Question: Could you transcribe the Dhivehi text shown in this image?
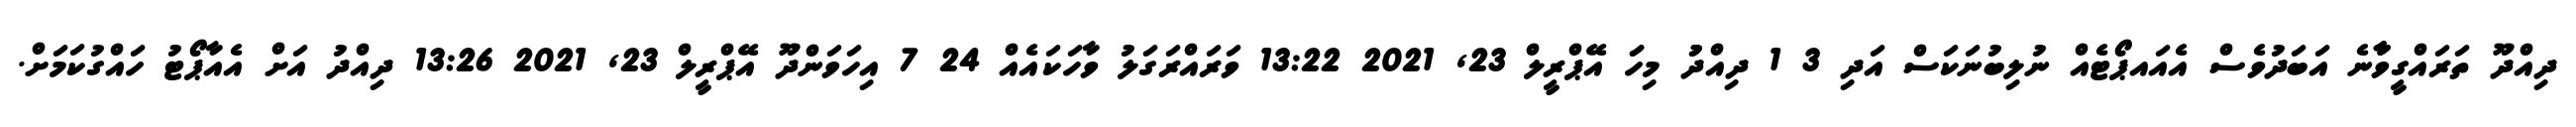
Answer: ދިއްދޫ ތަރައްގީވާާާނެ އަބަދުވެސް އެއައޕޯޓެއް ނުލިބުނަކަސް އަދި 3 1 ދިއްދުު މިހަަ އޭޕްރީލް 23, 2021 13:22 ވަރައްރަގަލު ވާހަކައެއް 24 7 އިހަވަންދޫ އޭޕްރީލް 23, 2021 13:26 ދިއްދު އަށް އެއާޕޯޓު ހައްގުކަމަށް.